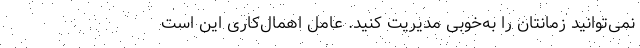
نمی‌توانید زمانتان را به‌خوبی مدیریت کنید. عامل اهمال‌کاری این است